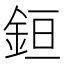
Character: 𰼧